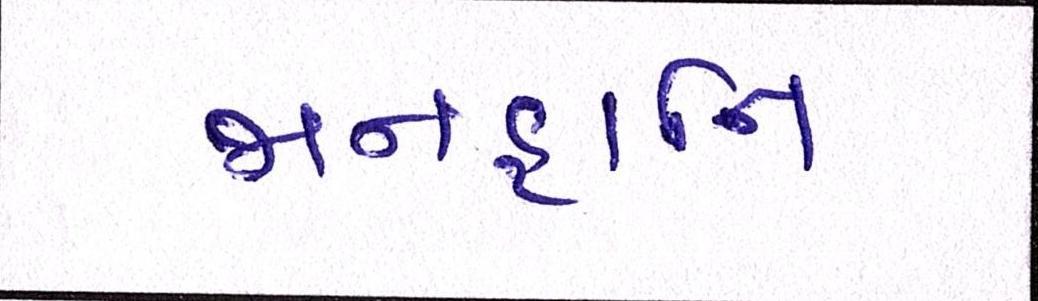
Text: જાનહાનિ